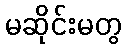
မဆိုင်းမတွ